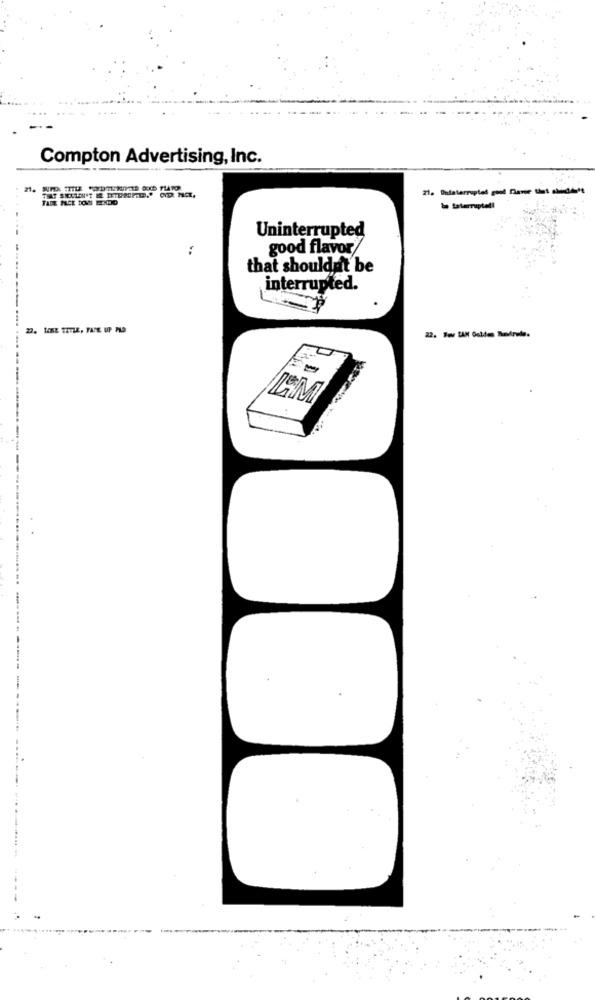
Compton Advertising, Inc.
be laterriptell
Uninterrupted
:
good flavor
that shouldn't be
interrupted.
22. LAEt TITLE, FACE UP PLO
22. Sou LAN Guides Rmdrede.
LM
--